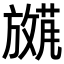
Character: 𫿕